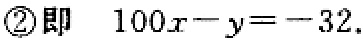
\textcircled{2}即 \(100x - y = -32\).